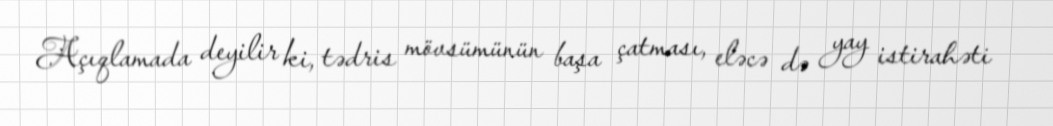
Açıqlamada deyilir ki, tədris mövsümünün başa çatması, eləcə də yay istirahəti